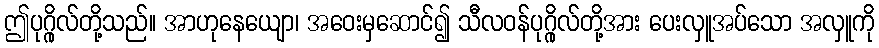
ဤပုဂ္ဂိုလ်တို့သည်။ အာဟုနေယျော၊ အဝေးမှဆောင်၍ သီလဝန်ပုဂ္ဂိုလ်တို့အား ပေးလှူအပ်သော အလှူကို